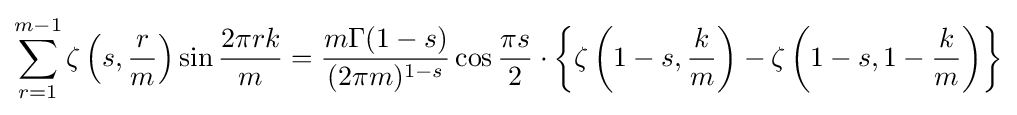
\sum _{r=1}^{m-1}\zeta \left(s,{\frac {r}{m}}\right)\sin {\dfrac {2\pi rk}{m}}={\frac {m\Gamma (1-s)}{(2\pi m)^{1-s}}}\cos {\frac {\pi s}{2}}\cdot \left\{\zeta \left(1-s,{\frac {k}{m}}\right)-\zeta \left(1-s,1-{\frac {k}{m}}\right)\right\}